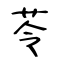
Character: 苓